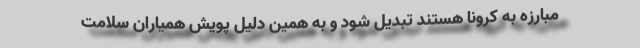
مبارزه به کرونا هستند تبدیل شود و به همین دلیل پویش همیاران سلامت